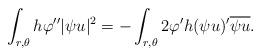
LaTeX: \begin{align*} \int_{r, \theta} h \varphi''|\psi u|^2 = - \real \int_{r,\theta} 2 \varphi'h (\psi u)' \overline{\psi u}. \end{align*}